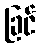
ခြင်